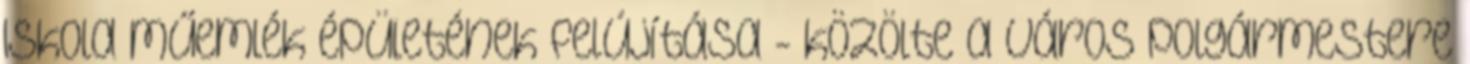
Iskola műemlék épületének felújítása - közölte a város polgármestere